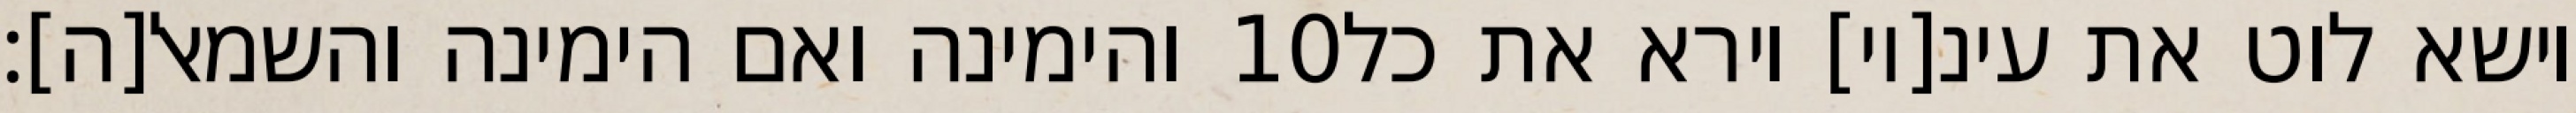
והימינה ואם הימינה והשמאל[ה]׃ ‎10‏ וישא לוט את עינ[יו] וירא את כל